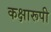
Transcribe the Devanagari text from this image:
कक्षारूपी